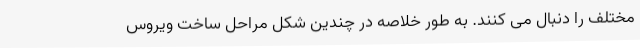
مختلف را دنبال می کنند. به طور خلاصه در چندین شکل مراحل ساخت ویروس